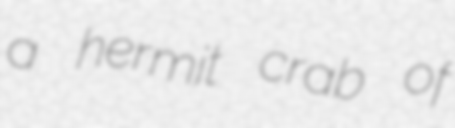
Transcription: a hermit crab of